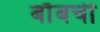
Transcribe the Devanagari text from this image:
बाँबची